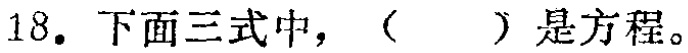
18. 下面三式中，（  ）是方程。